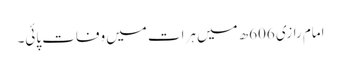
امام رازی 606ھ میں ہرات میں وفات پائی۔